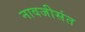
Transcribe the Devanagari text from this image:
नावजीसंत